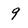
Character: 9